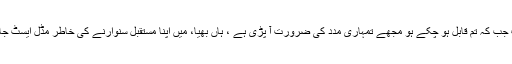
اور اب ، اب جب کہ تم قابل ہو چکے ہو مجھے تمہاری مدد کی ضرورت آ پڑی ہے ، ہاں بھیا، میں اپنا مستقبل سنوارنے کی خاطر مڈل ایسٹ جانا چاہتا ہوں۔